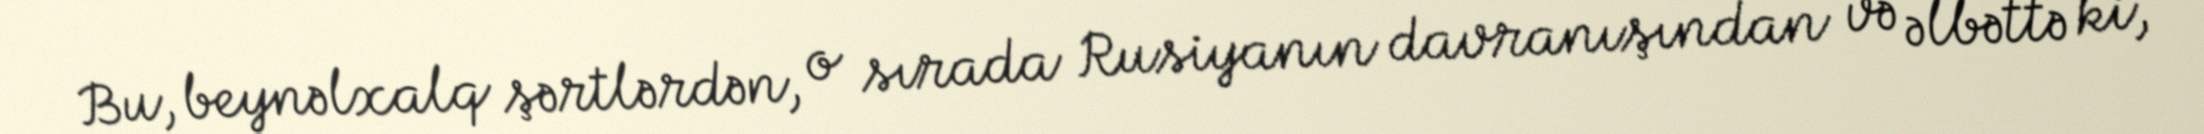
Bu, beynəlxalq şərtlərdən, o sırada Rusiyanın davranışından və əlbəttə ki,